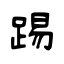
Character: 踢